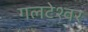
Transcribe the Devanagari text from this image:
गलटेश्वर